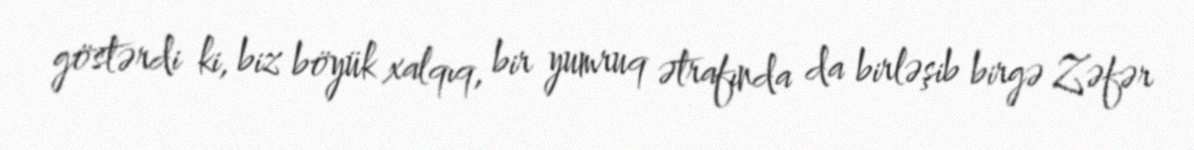
göstərdi ki, biz böyük xalqıq, bir yumruq ətrafında da birləşib birgə Zəfər